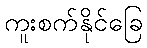
ကူးစက်နိုင်ခြေ